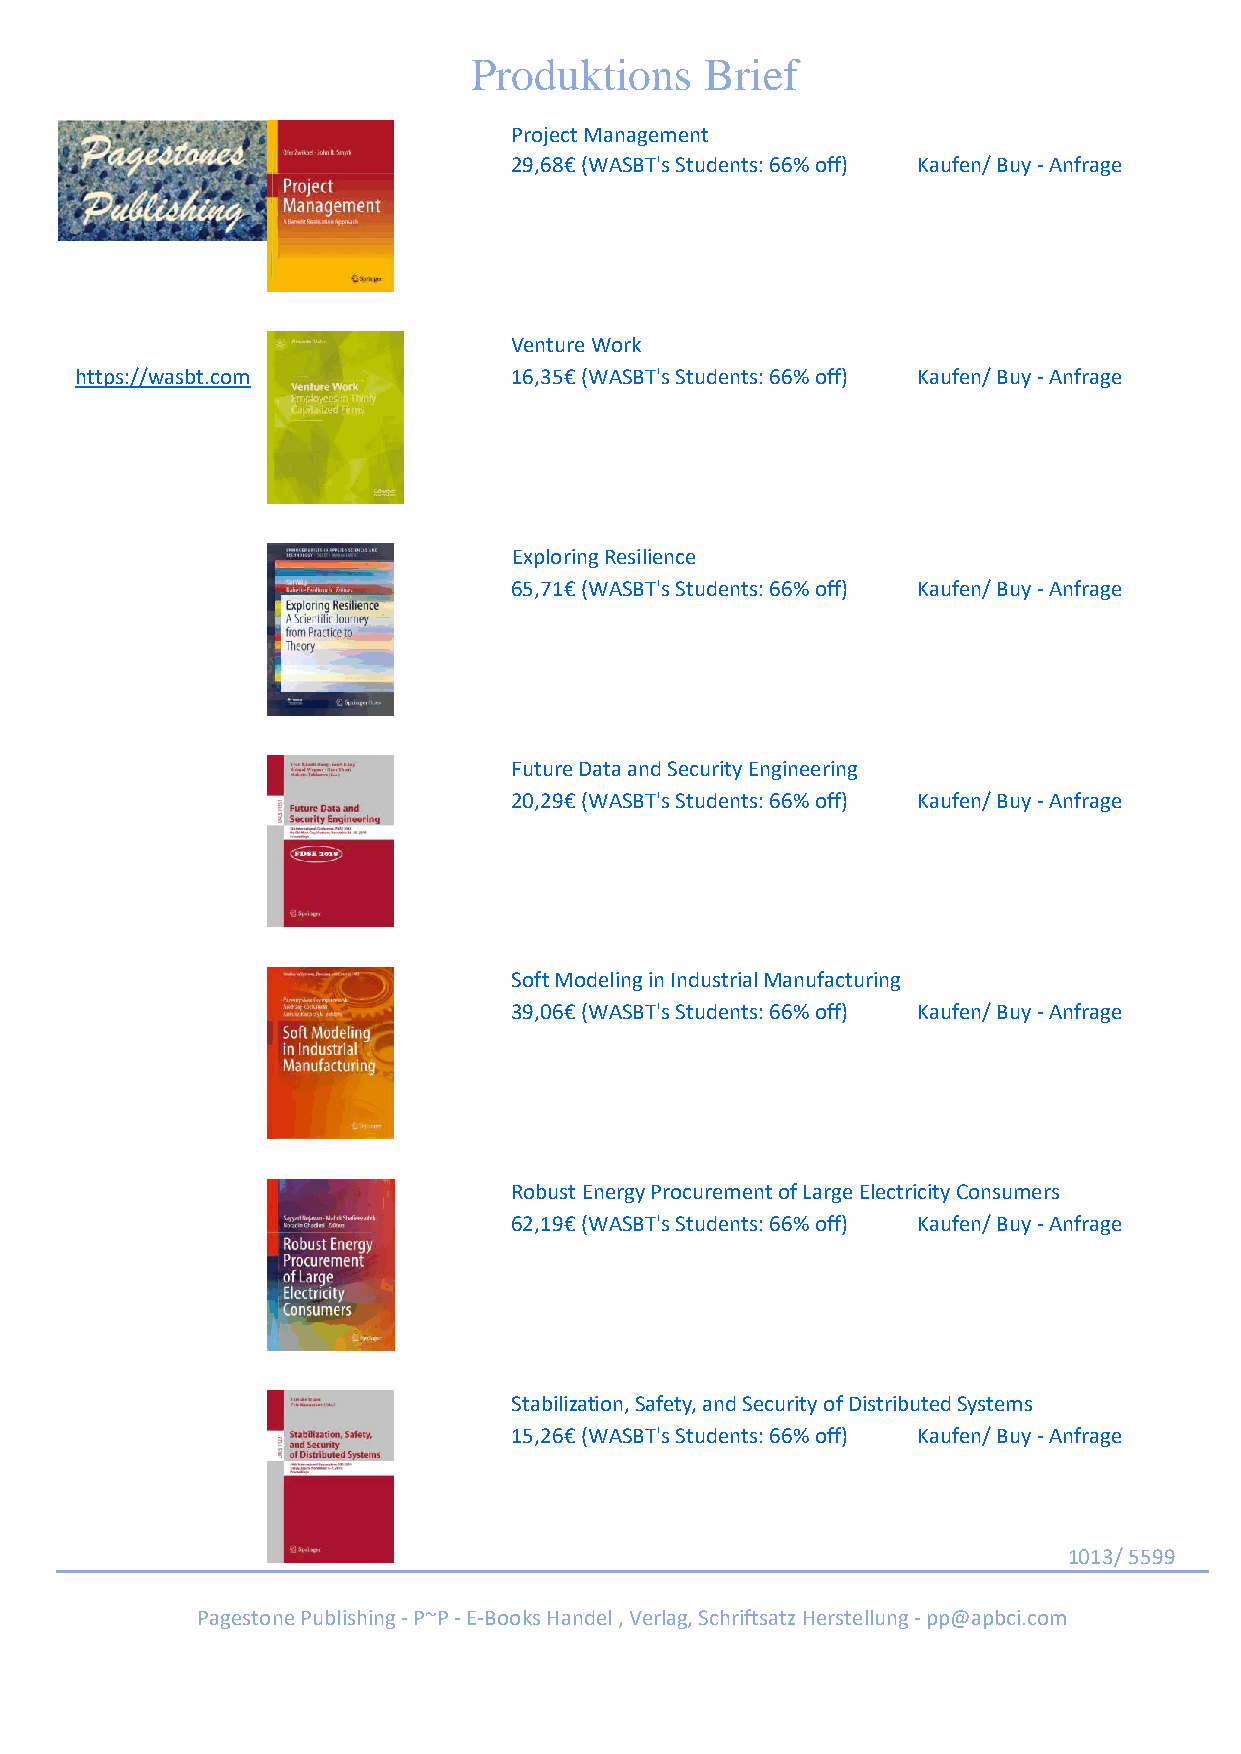
Produktions     Brief
 Project Management
 29,68€ (WASBT's Students: 66% off) Kaufen/ Buy - Anfrage
 Venture Work
 https://wasbt.com            16,35€ (WASBT's Students: 66% off) Kaufen/ Buy - Anfrage
 Exploring Resilience
 65,71€ (WASBT's Students: 66% off) Kaufen/ Buy - Anfrage
 Future Data and Security Engineering
 20,29€ (WASBT's Students: 66% off) Kaufen/ Buy - Anfrage
 Soft Modeling in Industrial Manufacturing
 39,06€ (WASBT's Students: 66% off) Kaufen/ Buy - Anfrage
 Robust Energy Procurement of Large Electricity Consumers
 62,19€ (WASBT's Students: 66% off) Kaufen/ Buy - Anfrage
 Stabilization, Safety, and Security of Distributed Systems
 15,26€ (WASBT's Students: 66% off) Kaufen/ Buy - Anfrage
 1013/ 5599
 Pagestone Publishing - P~P - E-Books Handel , Verlag, Schriftsatz Herstellung - pp@apbci.com